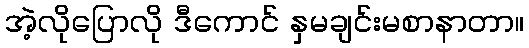
အဲ့လိုပြောလို ဒီကောင် နှမချင်းမစာနာတာ။